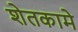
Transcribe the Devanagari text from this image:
शेतकामे